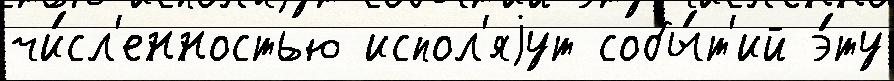
чи́сл'енностью испол'яjут собы́т'ий э́ту